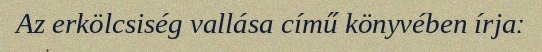
Az erkölcsiség vallása című könyvében írjaː